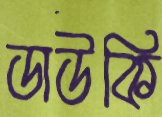
ডাউকি